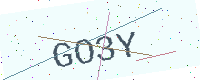
Text: GO3Y